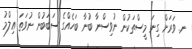
ނ. ވަރަށް ގިނަ މީސްތަކުން ނުވިސްނާ ބުނާ ބަހެއްގެ ސަބަބުން ނުވަތަ ޢިލްމު